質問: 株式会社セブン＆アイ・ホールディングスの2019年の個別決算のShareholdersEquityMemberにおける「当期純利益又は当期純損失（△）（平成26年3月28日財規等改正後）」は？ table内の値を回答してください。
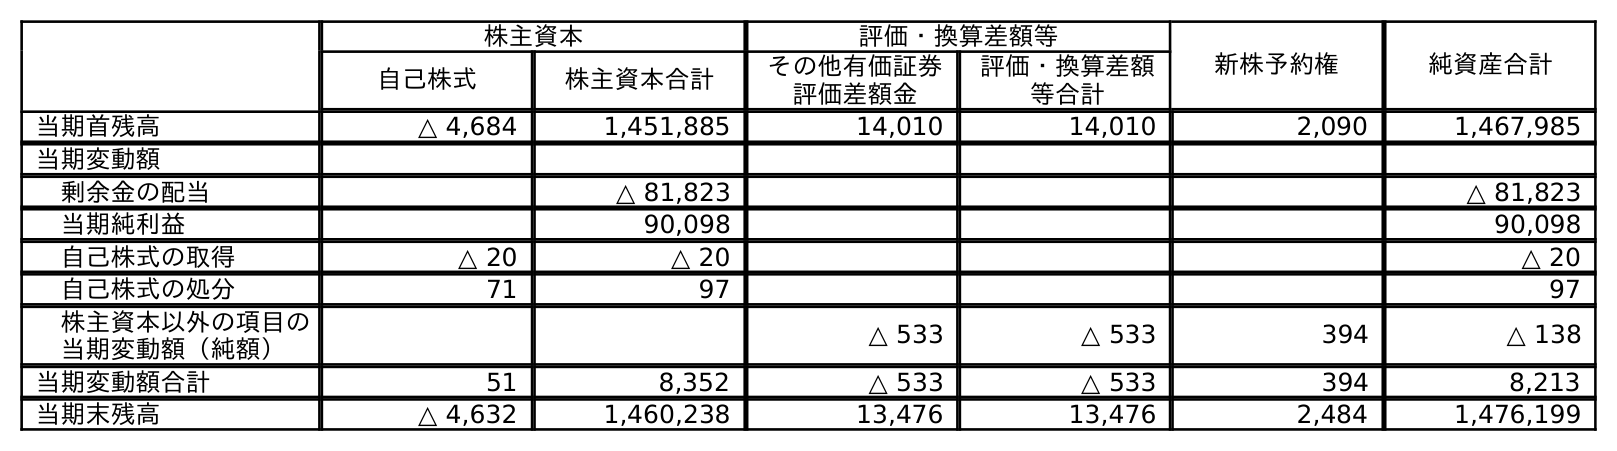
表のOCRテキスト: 株主資本 評価・換算差額等 新株予約権 純資産合計 自己株式 株主資本合計 その他有価証券 評価差額金 評価・換算差額 等合計 当期首残高 △ 4,684 1,451,885 14,010 14,010 2,090 1,467,985 当期変動額 剰余金の配当 △ 81,823 △ 81,823 当期純利益 90,098 90,098 自己株式の取得 △ 20 △ 20 △ 20 自己株式の処分 71 97 97 株主資本以外の項目の 当期変動額（純額） △ 533 △ 533 394 △ 138 当期変動額合計 51 8,352 △ 533 △ 533 394 8,213 当期末残高 △ 4,632 1,460,238 13,476 13,476 2,484 1,476,199
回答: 90,098